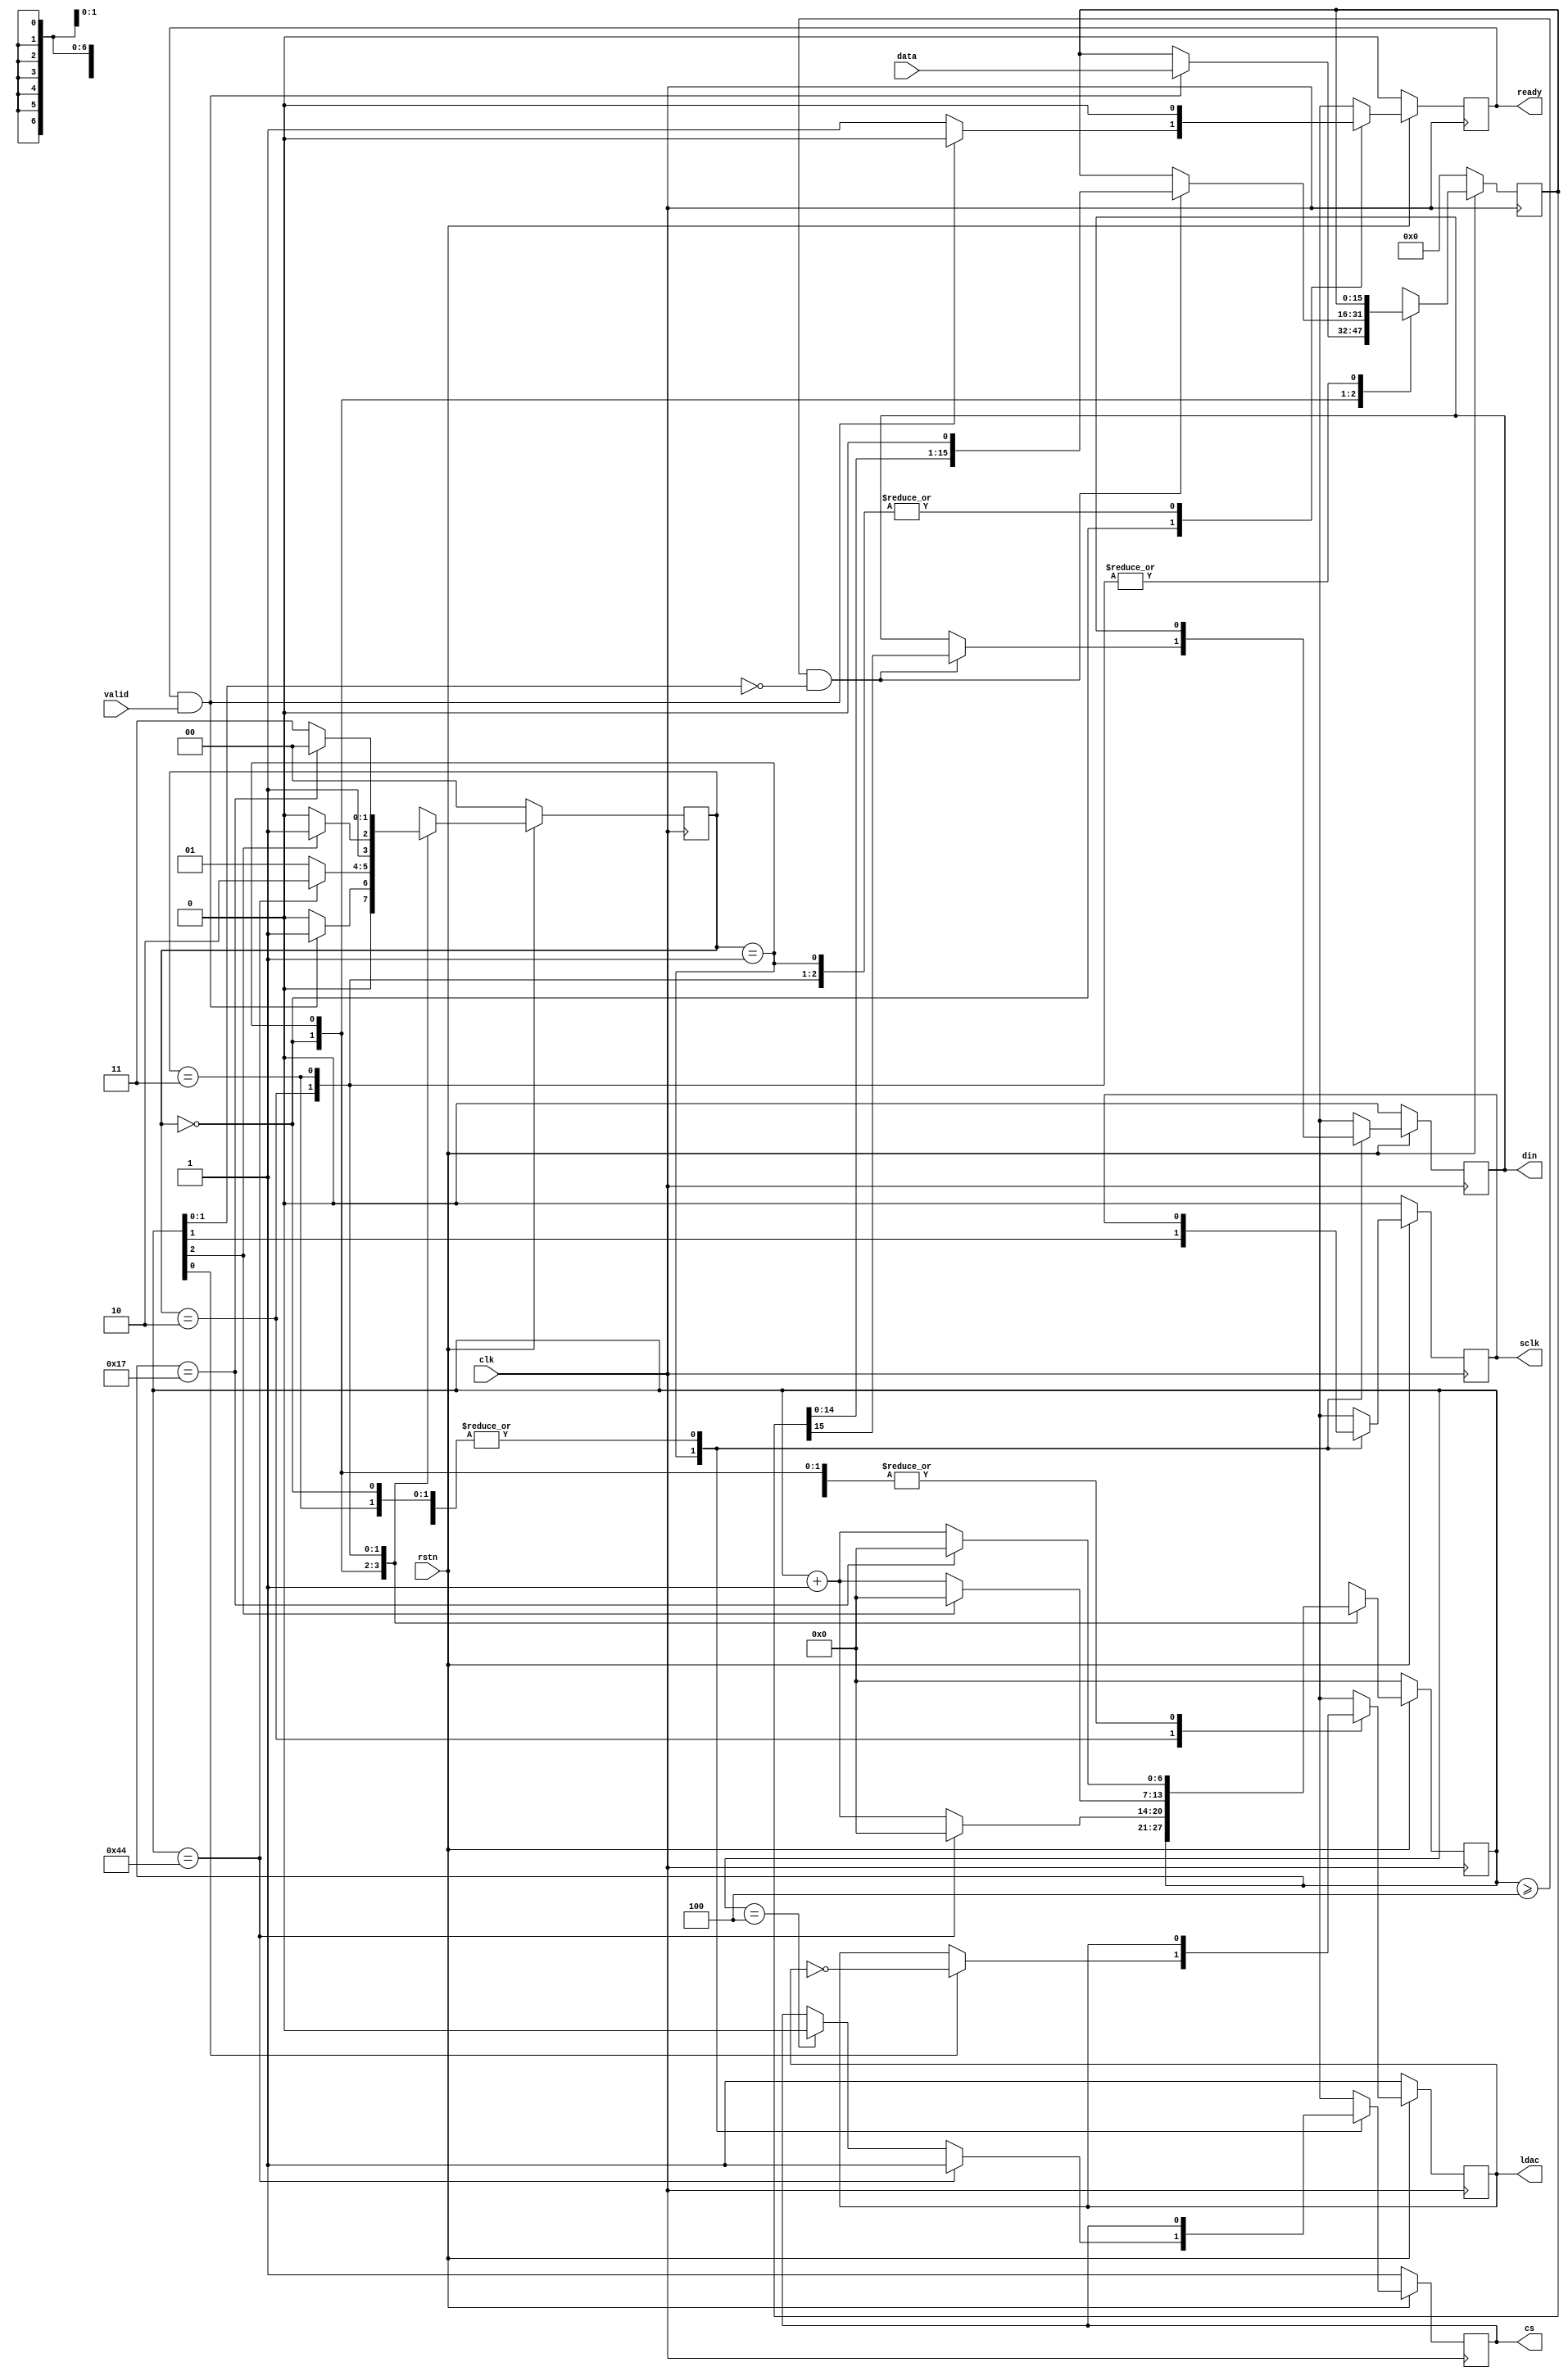
module ad5541a
(
    input  wire        clk,
    input  wire        rstn,
    
    input  wire [15:0] data,
    input  wire        valid,
    output wire        ready,

    output wire        cs,
    output wire        din,
    output wire        ldac,
    output wire        sclk
);


localparam [1:0]
    STATE_IDLE  = 3'd0,
    STATE_WRITE = 3'd1,
    STATE_LOAD  = 3'd2,
    STATE_WAIT  = 3'd3;

reg [1:0] state_reg, state_next;

reg [6:0] count_reg, count_next;

reg [15:0] data_reg, data_next;

reg ready_reg, ready_next;

reg cs_reg, cs_next;
reg din_reg, din_next;
reg ldac_reg, ldac_next;
reg sclk_reg, sclk_next;

reg sclk_enable;

assign ready = ready_reg;

assign cs = cs_reg;
assign din = din_reg;
assign ldac = ldac_reg;
assign sclk = sclk_reg;


always @* begin
    state_next = STATE_IDLE;
    
    cs_next   = cs_reg;
    din_next  = din_reg;
    ldac_next = ldac_reg;
    sclk_next = sclk_reg;
    
    count_next = count_reg;
    data_next = data_reg;
    
    ready_next = 1'b0;
    
    case (state_reg)
        STATE_IDLE: begin
            
            if (ready & valid) begin
                data_next = data;
                ready_next = 1'b0;

                state_next = STATE_WRITE;
            end else begin
                ready_next = 1'b1;
            end
        end
        STATE_WRITE: begin
            state_next = STATE_WRITE;

            count_next = count_reg + 1;

            sclk_next = count_reg[1];

            if (count_reg == 7'h04) begin
                cs_next = 1'b0;
            end

            if (count_reg >= 7'h04 && count_reg[1:0] == 2'b00) begin
                {din_next, data_next} = {data_reg, 1'b0};
            end

            if (count_reg == 7'h44) begin
                cs_next = 1'b1;

                count_next = 7'b0;
                state_next = STATE_LOAD;
            end

        end
        STATE_LOAD: begin
            state_next = STATE_LOAD;
            count_next = count_reg + 1;

            if (count_reg[0] == 1'b1) begin
                ldac_next = ~ldac_reg;  
            end

            if (count_reg[2] == 1'b1) begin
                state_next = STATE_WAIT;
                count_next = 7'b0;
            end

        end
        STATE_WAIT: begin
            state_next = STATE_WAIT;
            count_next = count_reg + 1;

            if (count_reg == 7'h17) begin
                state_next = STATE_IDLE;
                count_next = 7'b0;
            end
        end
    endcase
end

always @(posedge clk) begin
    if (~rstn) begin
        state_reg <= STATE_IDLE;
        
        data_reg <= 16'b0;
        ready_reg <= 1'b0;
        
        count_reg <= 7'b0;
        
        cs_reg   <= 1'b1;
        din_reg  <= 1'b0;
        ldac_reg <= 1'b1;
        sclk_reg <= 1'b0;
        
    end else begin
        state_reg <= state_next;
        
        data_reg <= data_next;
        count_reg <= count_next;
        
        ready_reg <= ready_next;
        
        cs_reg <= cs_next;
        din_reg <= din_next;
        ldac_reg <= ldac_next;
        sclk_reg <= sclk_next;
    end
end


endmodule